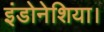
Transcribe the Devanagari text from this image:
इंडोनेशिया।